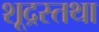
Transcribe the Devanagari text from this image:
शूद्रस्तथा